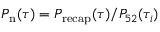
P _ { \mathrm { n } } ( \tau ) = P _ { \mathrm { r e c a p } } ( \tau ) / P _ { 5 2 } ( \tau _ { i } )